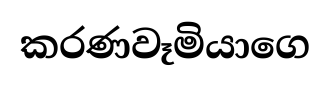
කරණවෑමියාගෙ